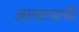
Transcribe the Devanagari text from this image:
अल्सासची